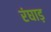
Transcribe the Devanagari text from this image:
रंघाड़